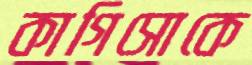
কাগিসোকে